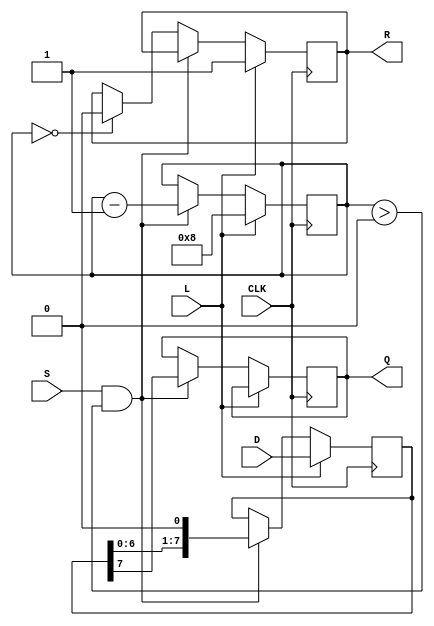
module PISO_Register #(
    parameter WIDTH = 8  // Width of the parallel data inputs
)(
    input wire [WIDTH-1:0] D,  // Parallel data inputs
    input wire L,               // Load control signal
    input wire CLK,             // Clock signal
    input wire S,               // Shift control signal
    output reg Q,               // Serial output
    output reg R                // Ready signal (optional)
);

    reg [WIDTH-1:0] shift_reg; // Shift register to hold the data
    reg [3:0] bit_count;        // Counter to track the number of bits shifted out

    always @(posedge CLK) begin
        if (L) begin
            // Load data into the shift register
            shift_reg <= D;
            bit_count <= WIDTH; // Reset the bit counter to the width of data
            R <= 1'b1;          // Indicate that the register is ready to shift
        end
        else if (S && (bit_count > 0)) begin
            // Shift data out serially
            Q <= shift_reg[WIDTH-1]; // Output the MSB
            shift_reg <= shift_reg << 1; // Left shift the register
            bit_count <= bit_count - 1; // Decrement the bit counter
        end
        else if (bit_count == 0) begin
            R <= 1'b0; // Indicate that no more bits are left to shift
        end
    end
    
endmodule